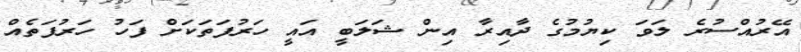
އޭރުއްސުރެ ލަވަ ކިޔުމުގެ ދާއިރާ އިން ޝަލަބީ އައީ ހަރުފަތަކަށް ފަހު ހަރުފަތެއް